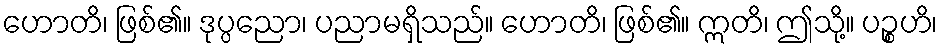
ဟောတိ၊ ဖြစ်၏။ ဒုပ္ပညော၊ ပညာမရှိသည်။ ဟောတိ၊ ဖြစ်၏။ ဣတိ၊ ဤသို့။ ပဉ္စဟိ၊